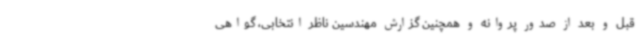
قبل و بعد از صدور پروانه و همچنین گزارش مهندسین ناظر انتخابی، گواهی